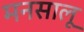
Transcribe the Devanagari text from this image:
मनसालू